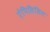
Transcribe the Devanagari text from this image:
ऐंपिसिलिन